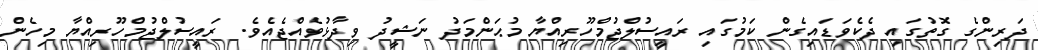
ދަރިންގެ ގޮތުގައި ދެކެވަޑައިގެން ކަމުގައި ރައީސުލްޖުމްހޫރިއްޔާ މުޙަންމަދު ނަޝީދު ވިދާޅުވެއްޖެއެވެ. ރައީސުލްޖުމްހޫރިއްޔާ މިހެން